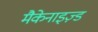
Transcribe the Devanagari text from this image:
मैकेनाइज़्ड